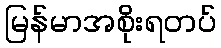
မြန်မာအစိုးရတပ်